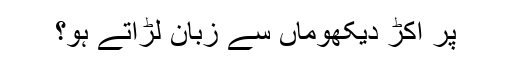
پر اکڑ دیکھوماں سے زبان لڑاتے ہو؟